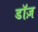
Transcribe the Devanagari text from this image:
डॉज़